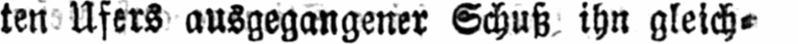
ten Ufers ausgegangener Schuß ihn gleich⸗